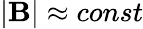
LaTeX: |{\mathbf B}|\approx const